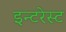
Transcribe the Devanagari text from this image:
इन्टरेस्ट